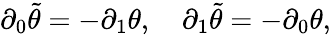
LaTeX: \partial_{0}\tilde{\theta}=-\partial_{1}\theta,\quad\partial_{1}\tilde{\theta}=-\partial_{0}\theta,